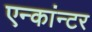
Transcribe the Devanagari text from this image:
एन्कांन्टर